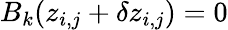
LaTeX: B_{k}(z_{i,j}+\delta z_{i,j})=0